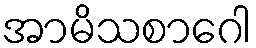
အာမိသစာဂေါ